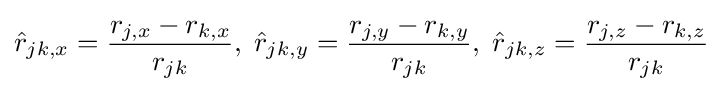
{\hat {r}}_{jk,x}={\frac {r_{j,x}-r_{k,x}}{r_{jk}}},\;{\hat {r}}_{jk,y}={\frac {r_{j,y}-r_{k,y}}{r_{jk}}},\;{\hat {r}}_{jk,z}={\frac {r_{j,z}-r_{k,z}}{r_{jk}}}